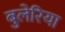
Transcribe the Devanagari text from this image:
बुलेरिया